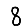
Digit: 8